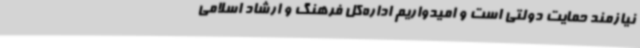
نیازمند حمایت دولتی است و امیدواریم اداره‌کل فرهنگ و ارشاد اسلامی